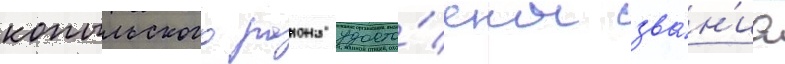
копыльского раиона удосто́ены зва́н'иа